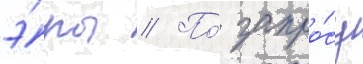
э́ры // По́ запро́су